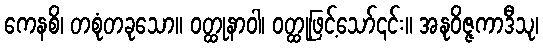
ကေနစိ၊ တစုံတခုသော။ ဝတ္ထုနာဝါ၊ ဝတ္ထုဖြင့်သော်၎င်း။ အနုဝိဇ္ဇကာဒီသု၊